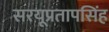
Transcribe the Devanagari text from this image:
सरयूप्रतापसिंह